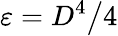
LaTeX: \varepsilon=D^{4}\big/4